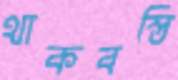
থাকবস্তি